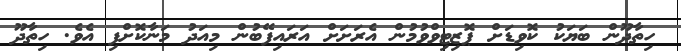
ހިތާދޫން ބަޔަކު ކޮވިޑަށް ޕޮޒިޓިވްވުމުން އެރަށަށް އަރައިފޭބުން މިއަދު މަނާކޮށްފި އެވެ. ހިތާދޫ